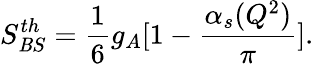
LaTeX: S_{\mathit{B}S}^{th}=\frac{{1}}{{6}}g_{A}[1-\frac{{\alpha_{s}(Q^{2})}}{{\pi}}].